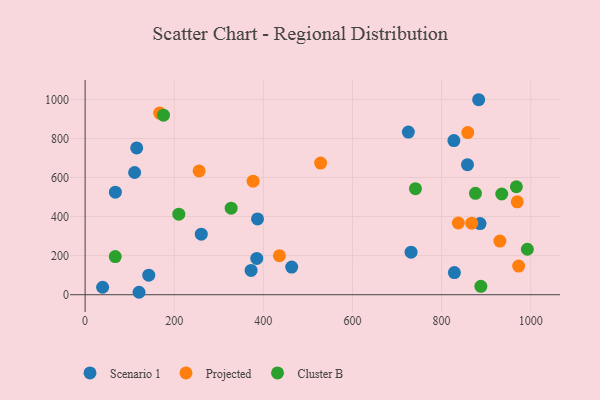
{"axis": {"x": "Engine Size", "y": "Fuel Efficiency"}, "legend": ["Cluster B", "Projected", "Scenario 1"], "data": [{"x": "886.3", "y": 364.2, "type": "Scenario 1"}, {"x": "142.8", "y": 100.2, "type": "Scenario 1"}, {"x": "121.0", "y": 12.5, "type": "Scenario 1"}, {"x": "67.9", "y": 524.9, "type": "Scenario 1"}, {"x": "115.8", "y": 751.4, "type": "Scenario 1"}, {"x": "827.6", "y": 789.2, "type": "Scenario 1"}, {"x": "463.6", "y": 141.7, "type": "Scenario 1"}, {"x": "111.1", "y": 625.9, "type": "Scenario 1"}, {"x": "858.1", "y": 665.9, "type": "Scenario 1"}, {"x": "725.4", "y": 832.7, "type": "Scenario 1"}, {"x": "731.5", "y": 218.0, "type": "Scenario 1"}, {"x": "260.7", "y": 310.2, "type": "Scenario 1"}, {"x": "385.2", "y": 185.6, "type": "Scenario 1"}, {"x": "828.7", "y": 113.5, "type": "Scenario 1"}, {"x": "386.9", "y": 388.3, "type": "Scenario 1"}, {"x": "372.5", "y": 124.3, "type": "Scenario 1"}, {"x": "883.2", "y": 998.4, "type": "Scenario 1"}, {"x": "39.3", "y": 38.3, "type": "Scenario 1"}, {"x": "969.8", "y": 475.7, "type": "Projected"}, {"x": "436.0", "y": 199.5, "type": "Projected"}, {"x": "930.8", "y": 274.8, "type": "Projected"}, {"x": "528.5", "y": 674.2, "type": "Projected"}, {"x": "377.0", "y": 581.5, "type": "Projected"}, {"x": "972.9", "y": 146.5, "type": "Projected"}, {"x": "867.6", "y": 366.3, "type": "Projected"}, {"x": "837.6", "y": 367.2, "type": "Projected"}, {"x": "255.8", "y": 633.9, "type": "Projected"}, {"x": "858.7", "y": 830.1, "type": "Projected"}, {"x": "167.3", "y": 930.0, "type": "Projected"}, {"x": "888.1", "y": 42.9, "type": "Cluster B"}, {"x": "327.7", "y": 443.0, "type": "Cluster B"}, {"x": "67.6", "y": 195.2, "type": "Cluster B"}, {"x": "935.0", "y": 515.7, "type": "Cluster B"}, {"x": "175.9", "y": 919.3, "type": "Cluster B"}, {"x": "992.5", "y": 232.8, "type": "Cluster B"}, {"x": "967.8", "y": 552.9, "type": "Cluster B"}, {"x": "741.3", "y": 543.0, "type": "Cluster B"}, {"x": "210.3", "y": 412.4, "type": "Cluster B"}, {"x": "876.0", "y": 519.3, "type": "Cluster B"}]}